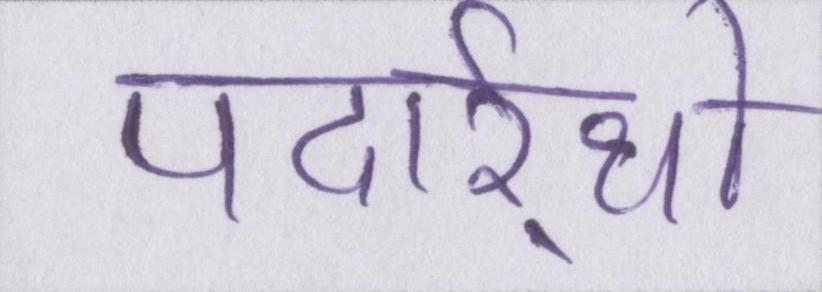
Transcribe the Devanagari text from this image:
पदार्र्थो